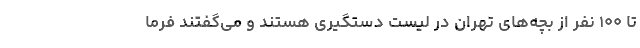
تا ۱۰۰ نفر از بچه‌های تهران در لیست دستگیری هستند و می‌گفتند فرما